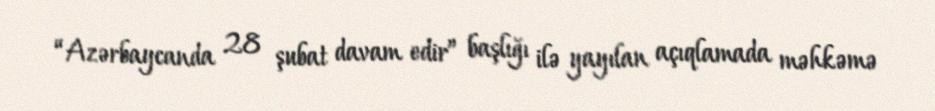
“Azərbaycanda 28 şubat davam edir” başlığı ilə yayılan açıqlamada məhkəmə